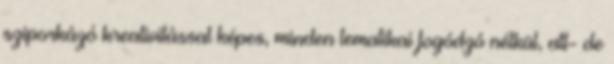
sziporkázó kreativitással képes, minden tematikai fogódzó nélkül, att- de